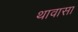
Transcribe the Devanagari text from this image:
थावासा